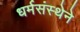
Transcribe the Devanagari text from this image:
धर्मसंस्थेने